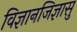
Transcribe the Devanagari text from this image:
विज्ञानजिज्ञासु